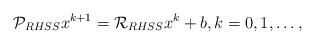
LaTeX: \begin{align*}\mathcal{P}_{RHSS} x^{k+1}=\mathcal{R}_{RHSS} x^k+b, k=0,1,\ldots,\end{align*}